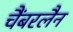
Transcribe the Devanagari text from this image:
चैंबरलैन